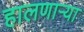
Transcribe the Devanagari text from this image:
हालणाऱ्या